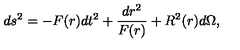
d s ^ { 2 } = - F ( r ) d t ^ { 2 } + { \frac { d r ^ { 2 } } { F ( r ) } } + R ^ { 2 } ( r ) d \Omega ,